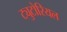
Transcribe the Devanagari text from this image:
ट्युटोरियल